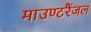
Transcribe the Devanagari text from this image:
माउण्टरैंजल